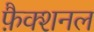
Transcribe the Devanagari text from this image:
फ़ैक्शनल